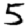
Digit: 5